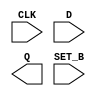
module sky130_fd_sc_hs__dfstp (
    CLK  ,
    D    ,
    Q    ,
    SET_B
);

    input  CLK  ;
    input  D    ;
    output Q    ;
    input  SET_B;

    // Voltage supply signals
    supply1 VPWR;
    supply0 VGND;

endmodule